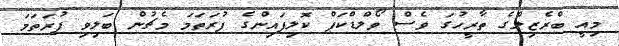
މިއީ ބްރެޒިލްގެ ތާރީހުގަ ވެސް ވޯލްޑްކަޕް ކޮލިފައިންގެ ފުރަތަމަ މެޗުން ބަލިވި ފުރަތަމަ